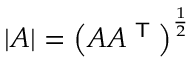
| A | = \left( A A ^ { \textsf { T } } \right) ^ { \frac { 1 } { 2 } }